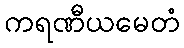
ကရဏီယမေတံ